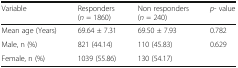
| Variable | Responders(n = 1860) | Non responders(n = 240) | p- value |
 | --- | --- | --- | --- |
 | Mean age (Years) | 69.64 ± 7.31 | 69.50 ± 7.93 | 0.782 |
 | Male, n (%) | 821 (44.14) | 110 (45.83) | <ROWSPAN=2> 0.629 |
 | Female, n (%) | 1039 (55.86) | 130 (54.17) |